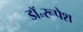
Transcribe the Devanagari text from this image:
डॉ॰रूपेश